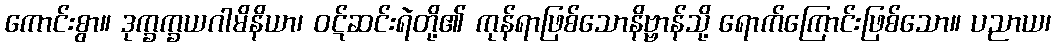
ကောင်းစွာ။ ဒုက္ခက္ခယဂါမိနိယာ၊ ဝဋ်ဆင်းရဲတို့၏ ကုန်ရာဖြစ်သောနိဗ္ဗာန်သို့ ရောက်ကြောင်းဖြစ်သော။ ပညာယ၊